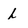
Character: l